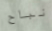
نباح